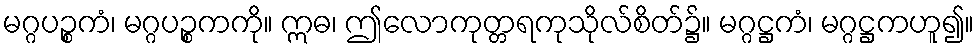
မဂ္ဂပဉ္စကံ၊ မဂ္ဂပဉ္စကကို။ ဣဓ၊ ဤလောကုတ္တရကုသိုလ်စိတ်၌။ မဂ္ဂဋ္ဌကံ၊ မဂ္ဂဋ္ဌကဟူ၍။